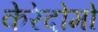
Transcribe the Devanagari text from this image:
केरेदोमो